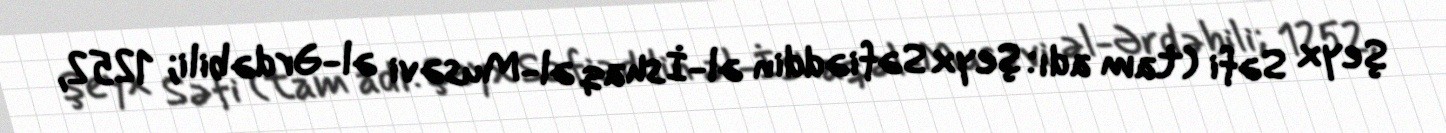
Şeyx Səfi (tam adı: Şeyx Səfiəddin əl-İshaq əl-Musəvi əl-Ərdəbili; 1252,